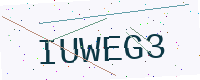
Text: IUWEG3